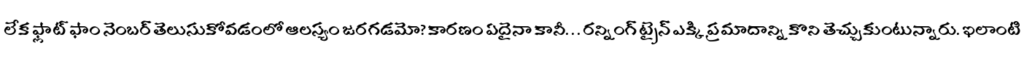
లేక ఫ్లాట్ ఫాం నెంబర్ తెలుసుకోవడంలో ఆలస్యం జరగడమో? కారణం ఏదైనా కానీ. . . రన్నింగ్ ట్రైన్ ఎక్కి ప్రమాదాన్ని కొని తెచ్చుకుంటున్నారు. ఇలాంటి